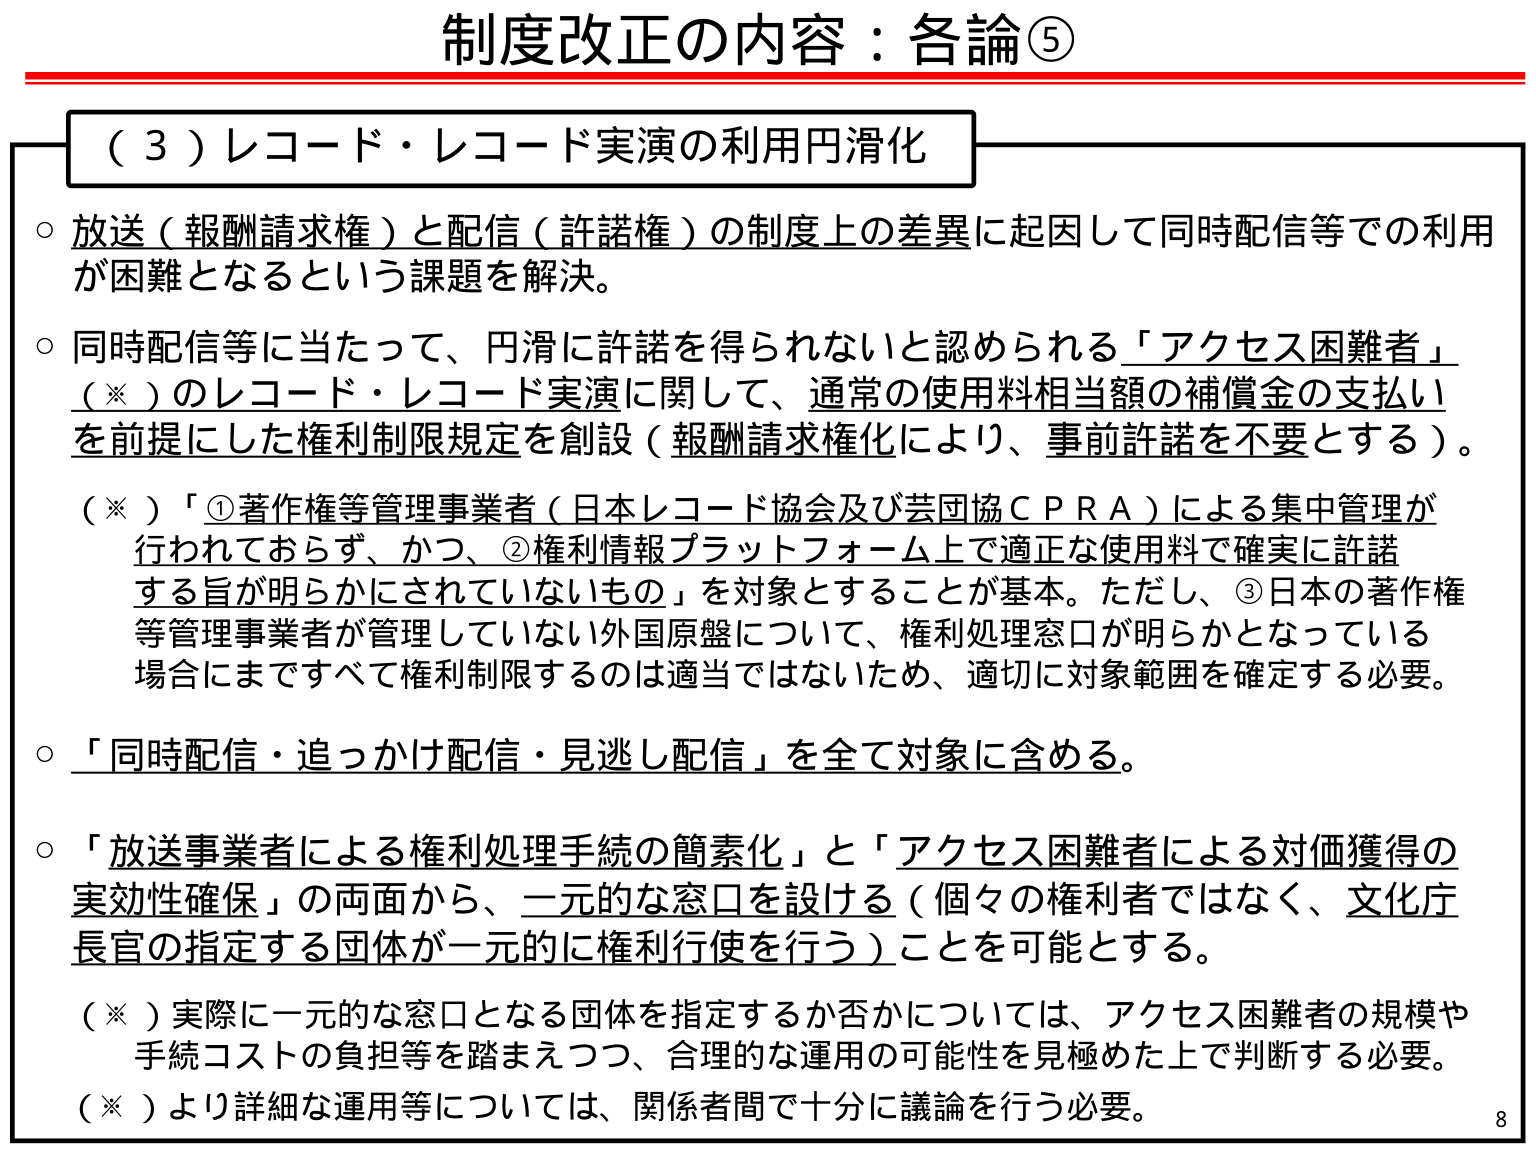
制度改正の内容：各論⑤

（３）レコード・レコード実演の利用円滑化

○ 放送（報酬請求権）と配信（許諾権）の制度上の差異に起因して同時配信等での利用が困難となるという課題を解決。

○ 同時配信等に当たって、円滑に許諾を得られないと認められる「アクセス困難者」（※）のレコード・レコード実演に関して、通常の使用料相当額の補償金の支払いを前提にした権利制限規定を創設（報酬請求権化により、事前許諾を不要とする）。

（※）「①著作権等管理事業者（日本レコード協会及び芸団協ＣＰＲＡ）による集中管理が行われておらず、かつ、②権利情報プラットフォーム上で適正な使用料で確実に許諾する旨が明らかにされていないもの」を対象とすることが基本。ただし、③日本の著作権等管理事業者が管理していない外国原盤について、権利処理窓口が明らかとなっている場合にまですべて権利制限するのは適当ではないため、適切に対象範囲を確定する必要。

○ 「同時配信・追っかけ配信・見逃し配信」を全て対象に含める。

○ 「放送事業者による権利処理手続の簡素化」と「アクセス困難者による対価獲得の実効性確保」の両面から、一元的な窓口を設ける（個々の権利者ではなく、文化庁長官の指定する団体が一元的に権利行使を行う）ことを可能とする。

（※）実際に一元的な窓口となる団体を指定するか否かについては、アクセス困難者の規模や手続コストの負担等を踏まえつつ、合理的な運用の可能性を見極めた上で判断する必要。

（※）より詳細な運用等については、関係者間で十分に議論を行う必要。

8